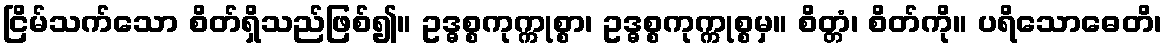
ငြိမ်သက်သော စိတ်ရှိသည်ဖြစ်၍။ ဥဒ္ဓစ္စကုက္ကုစ္စာ၊ ဥဒ္ဓစ္စကုက္ကုစ္စမှ။ စိတ္တံ၊ စိတ်ကို။ ပရိသောဓေတိ၊